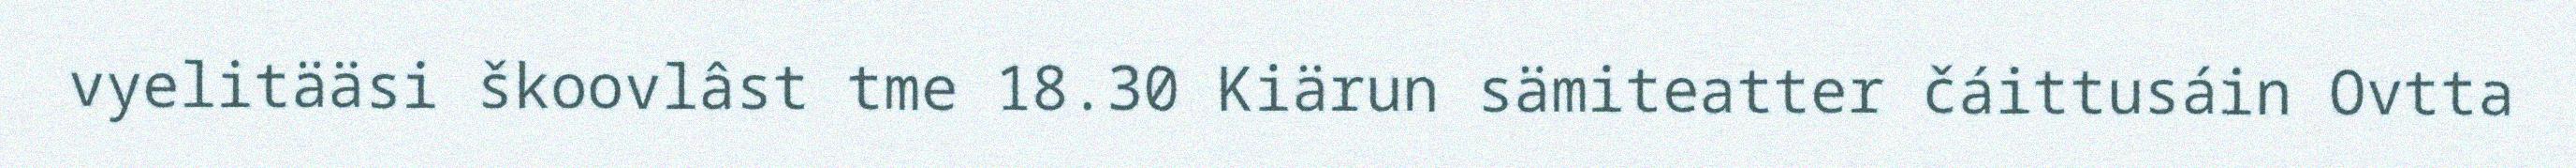
vyelitääsi škoovlâst tme 18.30 Kiärun sämiteatter čáittusáin Ovtta